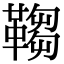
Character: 𩌄